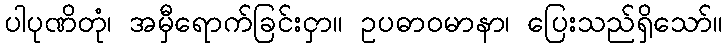
ပါပုဏိတုံ၊ အမှီရောက်ခြင်းငှာ။ ဥပဓာဝမာနာ၊ ပြေးသည်ရှိသော်။